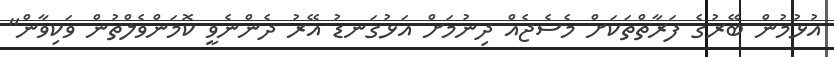
އުޅުމުން ބޭރުގެ ފަރާތްތަކަށް މެސެޖެއް ދިނުމަށް އަޅުގަނޑު އޭރު ދެންނެވީ ކޮމަންވެލްތުން ވަކިވާން"